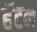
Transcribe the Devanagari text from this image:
हॅटन